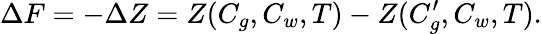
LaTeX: \Delta F=-\Delta Z=Z(C_{g},C_{w},T)-Z(C_{g}^{\prime},C_{w},T).